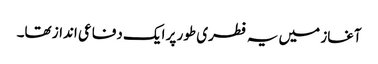
آغاز میں یہ فطری طور پر ایک دفاعی انداز تھا۔